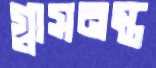
গ্লাসনস্ত